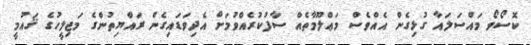
ކޮސޯވޯ މައްސަލައާ ގުޅިގެން އެއްވެސް މަޢްލޫމާތެއް ސާފުކުރެއްވުމަށް އެދިވަޑައިގެން ރައްޔިތުންގެ މަޖިލީހުގެ ޤައުމީ